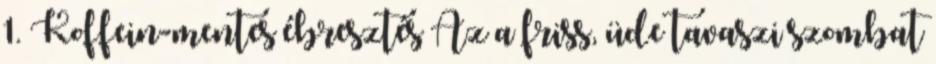
1. Koffein-mentes ébresztés Az a friss, üde tavaszi szombat